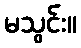
မသွင်း။